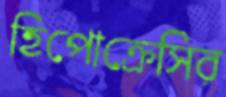
হিপোক্রেসির